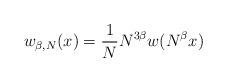
LaTeX: \begin{align*} w_{\beta,N} (x) = \frac{1}{N} N ^{3\beta} w (N ^{\beta} x)\end{align*}